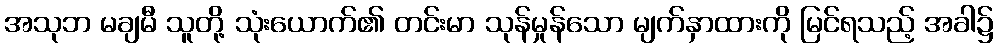
အသုဘ မချမီ သူတို့ သုံးယောက်၏ တင်းမာ သုန်မှုန်သော မျက်နှာထားကို မြင်ရသည့် အခါ၌